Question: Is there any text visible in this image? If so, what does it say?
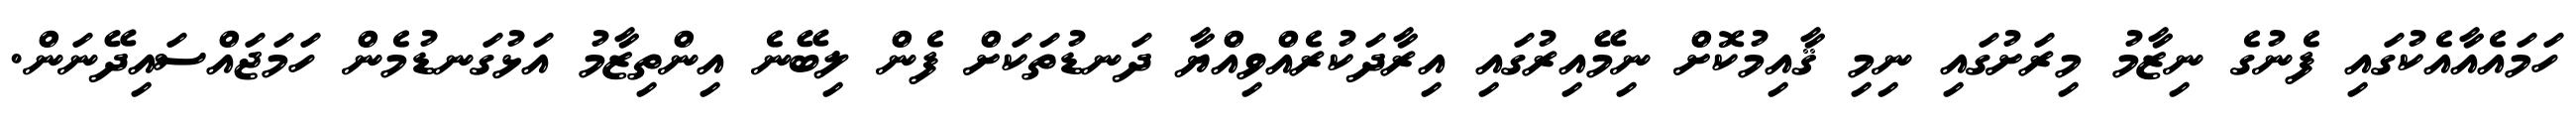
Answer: ހަމައެއާއެކުގައި ފެނުގެ ނިޒާމު މިރަށުގައި ނިމި ޤާއިމުކޮށް ނިމޭއިރުގައި އިރާދަކުރެއްވިއްޔާ ދަނޑުތަކަށް ފެން ލިބޭނެ އިންތިޒާމު އަޅުގަނޑުމެން ހަމަޖައްސައިދޭނަން.